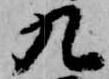
九